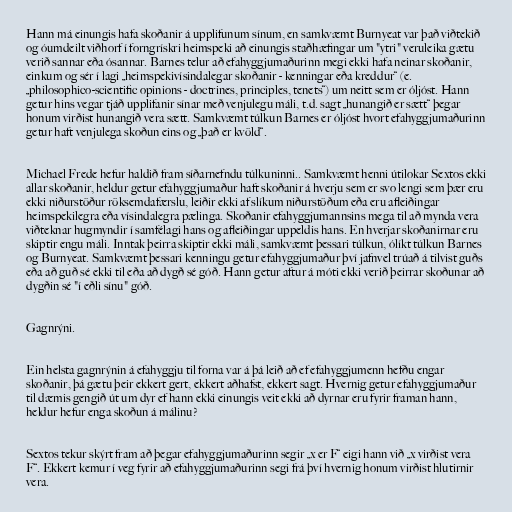
Hann má einungis hafa skoðanir á upplifunum sínum, en samkvæmt Burnyeat var það viðtekið
og óumdeilt viðhorf í forngrískri heimspeki að einungis staðhæfingar um "ytri" veruleika gætu
verið sannar eða ósannar. Barnes telur að efahyggjumaðurinn megi ekki hafa neinar skoðanir,
einkum og sér í lagi „heimspekivísindalegar skoðanir - kenningar eða kreddur“ (e.
„philosophico-scientific opinions - doctrines, principles, tenets“) um neitt sem er óljóst. Hann
getur hins vegar tjáð upplifanir sínar með venjulegu máli, t.d. sagt „hunangið er sætt“ þegar
honum virðist hunangið vera sætt. Samkvæmt túlkun Barnes er óljóst hvort efahyggjumaðurinn
getur haft venjulega skoðun eins og „það er kvöld“.

Michael Frede hefur haldið fram síðarnefndu túlkuninni.. Samkvæmt henni útilokar Sextos ekki
allar skoðanir, heldur getur efahyggjumaður haft skoðanir á hverju sem er svo lengi sem þær eru
ekki niðurstöður röksemdafærslu, leiðir ekki af slíkum niðurstöðum eða eru afleiðingar
heimspekilegra eða vísindalegra pælinga. Skoðanir efahyggjumannsins mega til að mynda vera
viðteknar hugmyndir í samfélagi hans og afleiðingar uppeldis hans. En hverjar skoðanirnar eru
skiptir engu máli. Inntak þeirra skiptir ekki máli, samkvæmt þessari túlkun, ólíkt túlkun Barnes
og Burnyeat. Samkvæmt þessari kenningu getur efahyggjumaður því jafnvel trúað á tilvist guðs
eða að guð sé ekki til eða að dygð sé góð. Hann getur aftur á móti ekki verið þeirrar skoðunar að
dygðin sé "í eðli sínu" góð.

Gagnrýni.

Ein helsta gagnrýnin á efahyggju til forna var á þá leið að ef efahyggjumenn hefðu engar
skoðanir, þá gætu þeir ekkert gert, ekkert aðhafst, ekkert sagt. Hvernig getur efahyggjumaður
til dæmis gengið út um dyr ef hann ekki einungis veit ekki að dyrnar eru fyrir framan hann,
heldur hefur enga skoðun á málinu?

Sextos tekur skýrt fram að þegar efahyggjumaðurinn segir „x er F“ eigi hann við „x virðist vera
F“. Ekkert kemur í veg fyrir að efahyggjumaðurinn segi frá því hvernig honum virðist hlutirnir
vera.